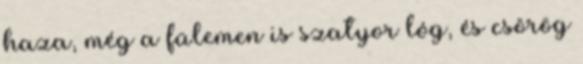
haza, még a fülemen is szatyor lóg, és csörög